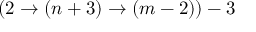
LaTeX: ( 2 \rightarrow ( n + 3 ) \rightarrow ( m - 2 ) ) - 3